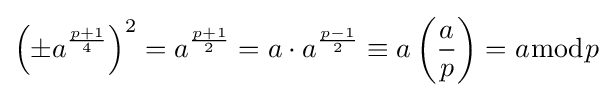
\left(\pm a^{\frac {p+1}{4}}\right)^{2}=a^{\frac {p+1}{2}}=a\cdot a^{\frac {p-1}{2}}\equiv a\left({\frac {a}{p}}\right)=a{\bmod {p}}